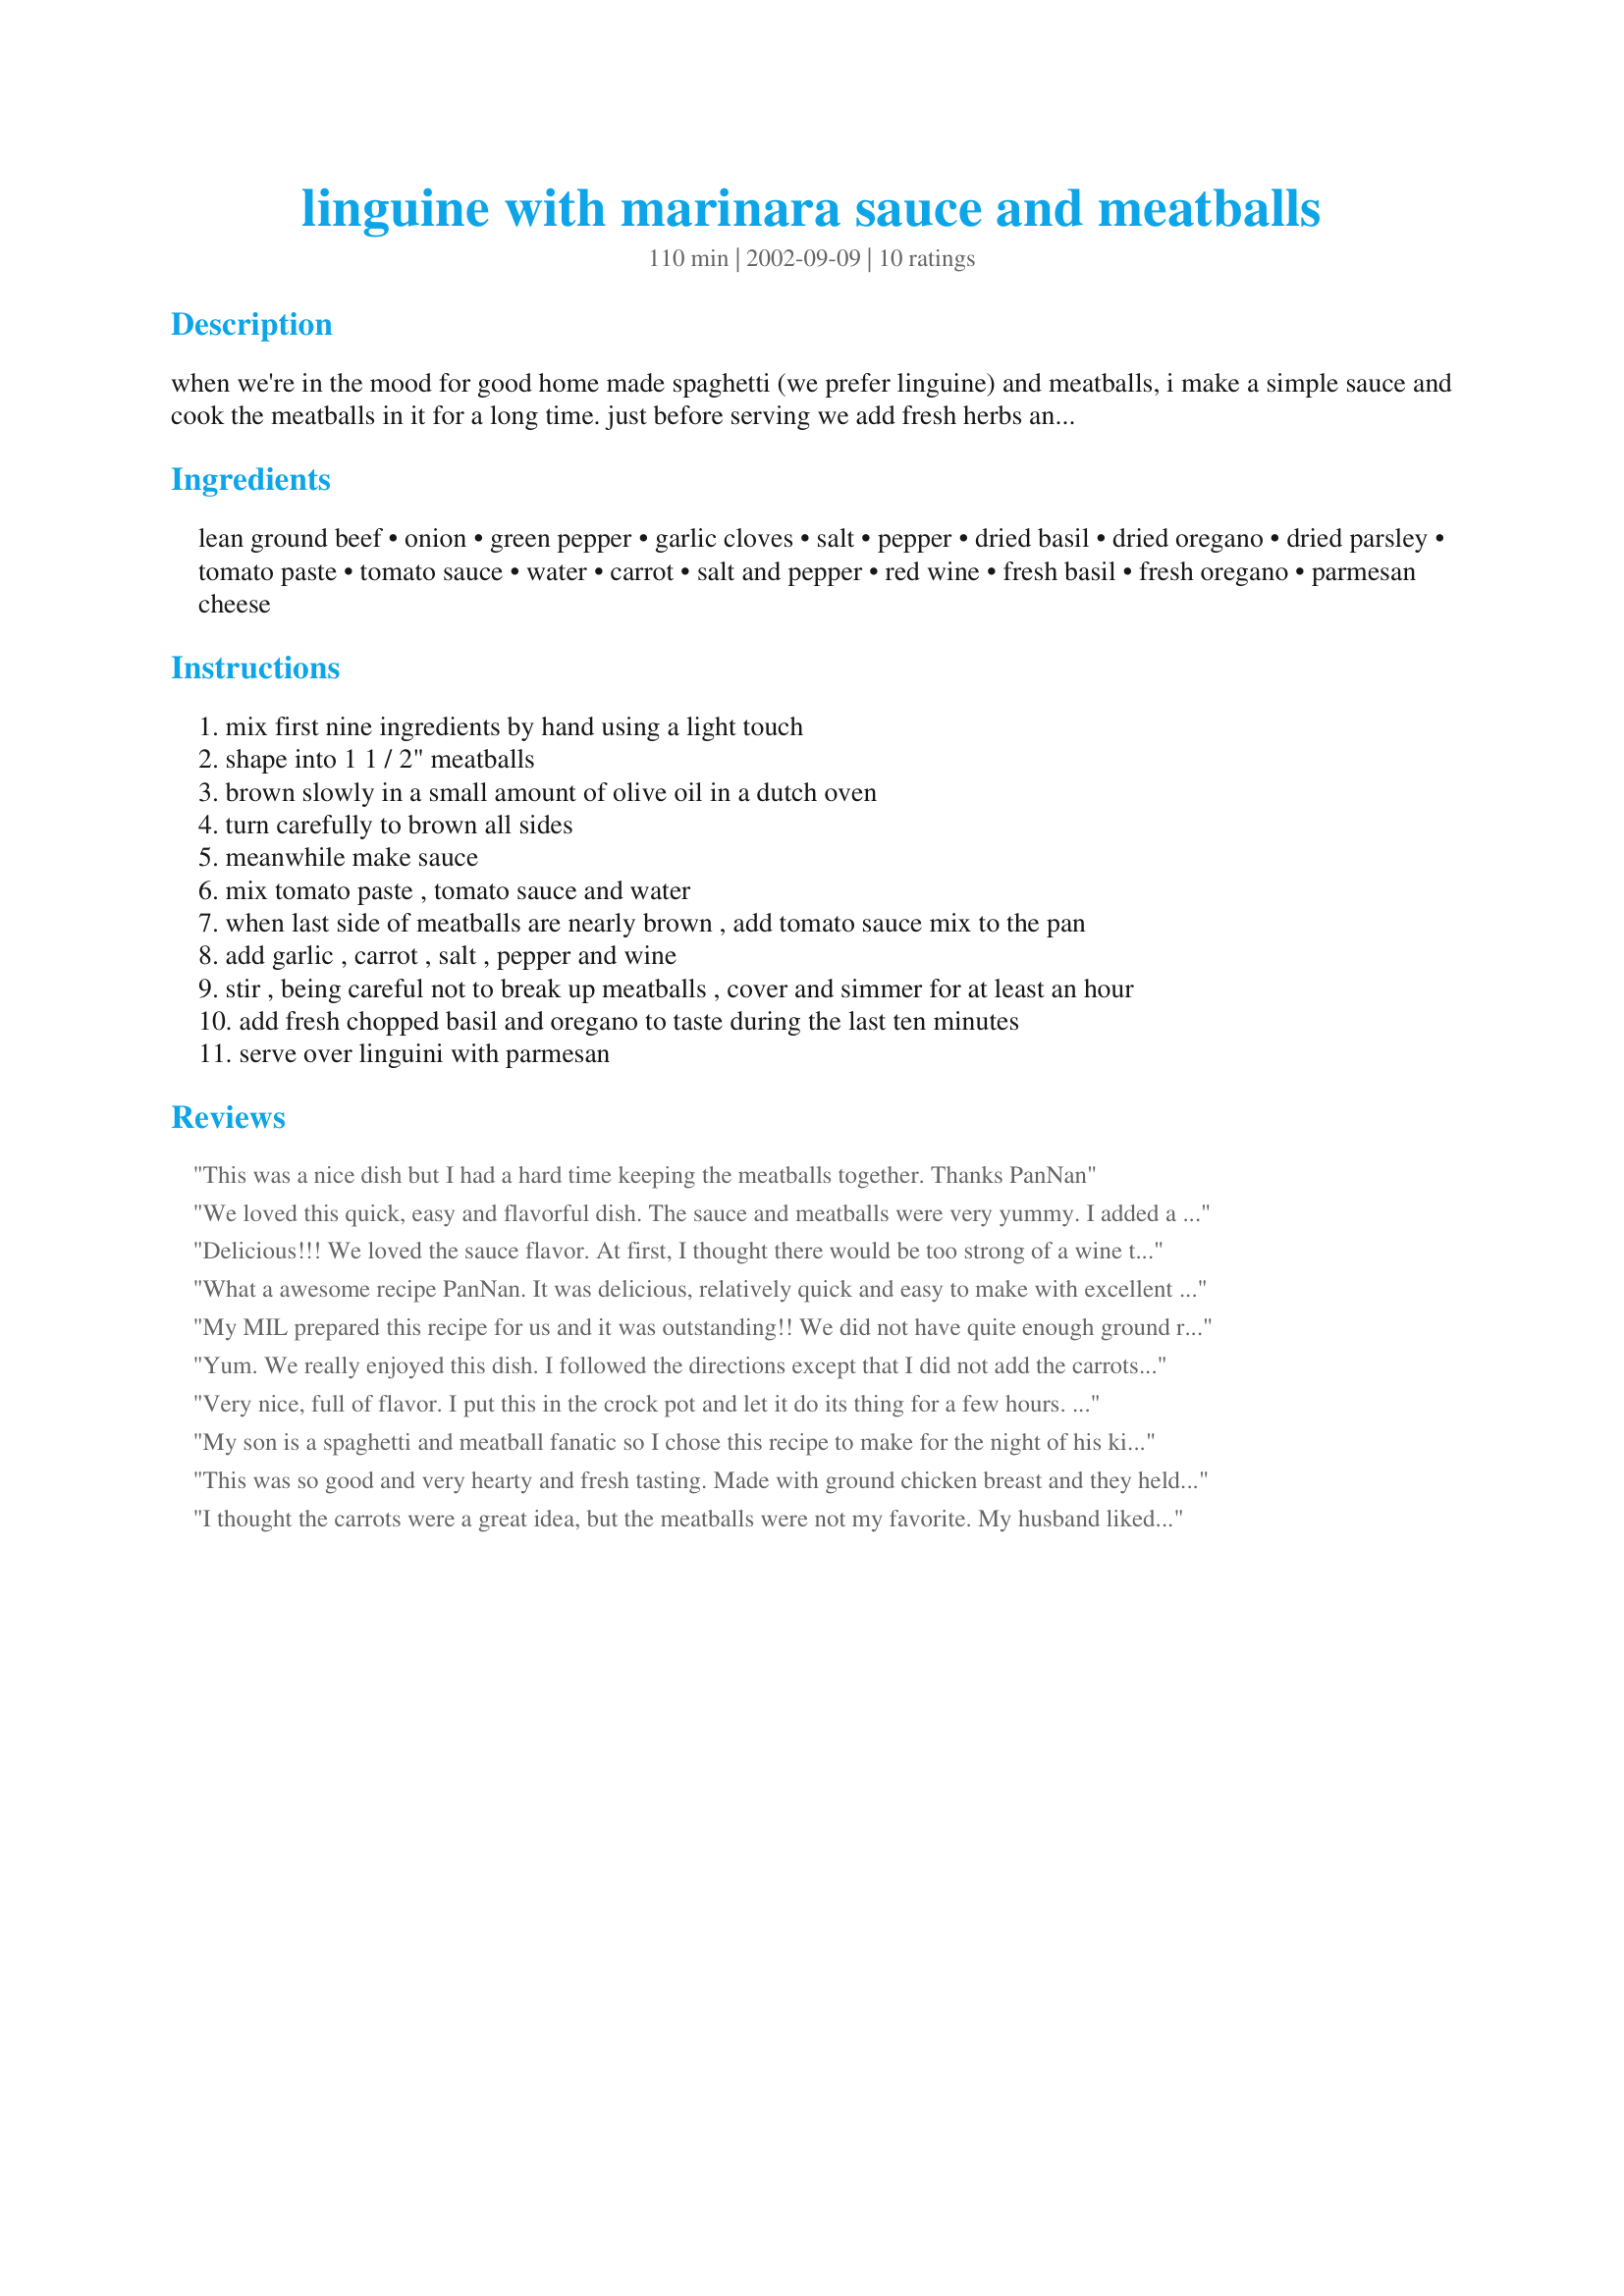
linguine with marinara sauce and meatballs
Preparation time: 110 minutes

when we're in the mood for good home made spaghetti (we prefer linguine) and meatballs, i make a simple sauce and cook the meatballs in it for a long time. just before serving we add fresh herbs and top it with parmesan.

Ingredients:
lean ground beef, onion, green pepper, garlic cloves, salt, pepper, dried basil, dried oregano, dried parsley, tomato paste, tomato sauce, water, carrot, salt and pepper, red wine, fresh basil, fresh oregano, parmesan cheese

Steps:
mix first nine ingredients by hand using a light touch
shape into 1 1 / 2" meatballs
brown slowly in a small amount of olive oil in a dutch oven
turn carefully to brown all sides
meanwhile make sauce
mix tomato paste , tomato sauce and water
when last side of meatballs are nearly brown , add tomato sauce mix to the pan
add garlic , carrot , salt , pepper and wine
stir , being careful not to break up meatballs , cover and simmer for at least an hour
add fresh chopped basil and oregano to taste during the last ten minutes
serve over linguini with parmesan

Reviews:
This was a nice dish but I had a hard time keeping the meatballs together. Thanks PanNan
We loved this quick, easy and flavorful dish. The sauce and meatballs were very yummy. I added a few sprinkles of sugar to reduce the tartness of the tomato, and I mixed the sauce into the pasta instead of spooning it on top. Served topped with Parmesan cheese and fresh basil, this was a dinner favorite. It was even better the next day. **Made for Susie's World Tour 2018 - Malta**
Delicious!!! We loved the sauce flavor. At first, I thought there would be too strong of a wine taste, but once it simmered for an hour, it blended in and made for a complex flavor. Great directions and a wonderful spaghetti and meatballs recipe. Thank you!
What a awesome recipe PanNan. It was delicious, relatively quick and easy to make with excellent results. The meatballs were tender and delicious and the sauce was devine. Thank you so much for sharing a recipe that we will enjoy again. Made for Susie's World Tour - Malta
My MIL prepared this recipe for us and it was outstanding!! We did not have quite enough ground round so about 1/2 of hot italian sausage was added to the meatballs. The only problem my MIL had making the meatballs was the onions and peppers. They did not roll well when forming the balls and should be very finely chopped for an easier and quicker time. The meatballs did stay together while in the sauce and was a very, very good supper! Thank you so much PanNan, this will be a favorite for us!
Yum. We really enjoyed this dish. I followed the directions except that I did not add the carrots. Thanks for sharing, Nan. Made for CQ3 - NYC.
Very nice, full of flavor. I put this in the crock pot and let it do its thing for a few hours. Thanks for sharing!
My son is a spaghetti and meatball fanatic so I chose this recipe to make for the night of his kindergarten graduation. I loved the simplicity of the marinara and the inclusion of fresh herbs, the boys loved the meatballs! My meatballs stayed together while cooking. I ended up simmering the sauce and meatballs for a little over 2 hours. Thanks Pan Nan! Zaar World Tour 4 - Whine and Cheese!
This was so good and very hearty and fresh tasting. Made with ground chicken breast and they held together very well. Great dish Nan! Thanks for sharing!
I thought the carrots were a great idea, but the meatballs were not my favorite. My husband liked everything though. Of course, he is not Italian. I would love to make this sauce again since it was so full of flavor and the carrots sweetened the dish.
